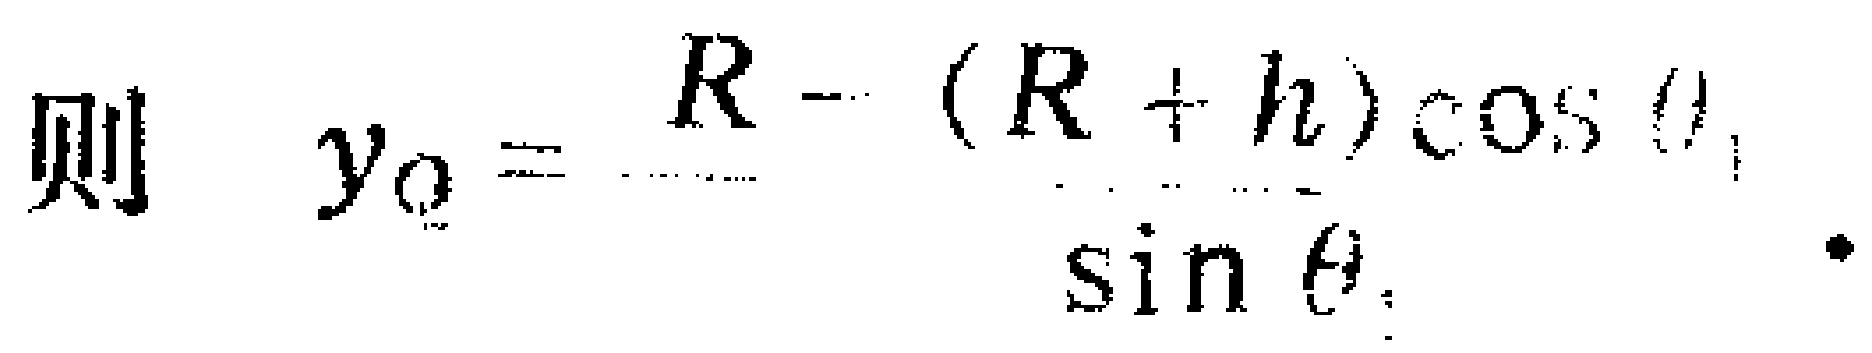
则 \(y_{0}=\frac{R - (R + h)\cos\theta_{1}}{\sin\theta_{1}}.\)